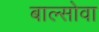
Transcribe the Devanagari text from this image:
बाल्सोवा